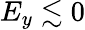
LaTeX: E_{y}\lesssim 0